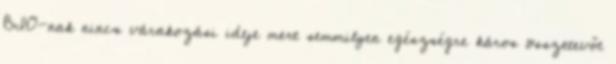
BIO-nak nincs várakozási ideje mert semmilyen egészségre káros összetevőt